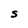
Character: S